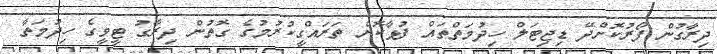
ދިރާގުން ފޯރުކޮށްދޭ ޑިޖިޓަލް ހިދުމަތްތައް ފުޅާކޮށް ތަރައްގީކުރުމުގެ ގޮތުން ދިރާގު ޓީވީގެ ހިދުމަތާ